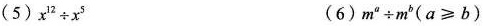
(5)$$x^{12} \div x^{5}$$ (6)$$m^{a} \div m^{b}(a \geqslant b)$$